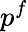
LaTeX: p^{f}